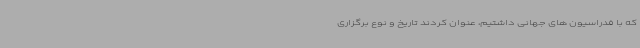
که با فدراسیون های جهانی داشتیم، عنوان کردند تاریخ و نوع برگزاری